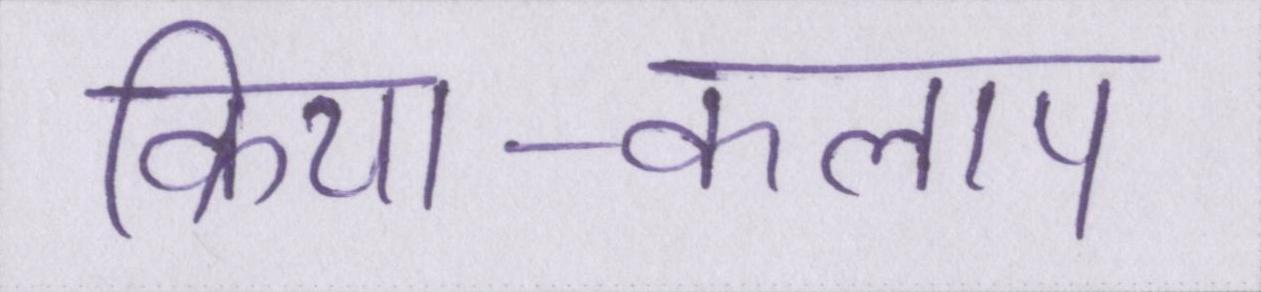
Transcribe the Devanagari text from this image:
क्रिया-कलाप